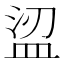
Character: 𥁤